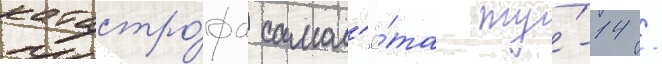
катастро́фа самол'ё́та ту́-14 /